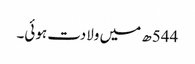
544ھ میں ولادت ہوئی۔